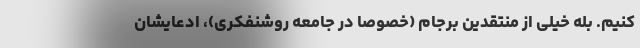
کنیم. بله خیلی از منتقدین برجام (خصوصا در جامعه روشنفکری)، ادعایشان